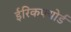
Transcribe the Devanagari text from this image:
ईरिकफ्योर्ड